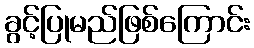
ခွင့်ပြုမည်ဖြစ်ကြောင်း